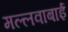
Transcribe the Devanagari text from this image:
मल्लवाबाई